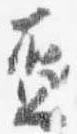
盃